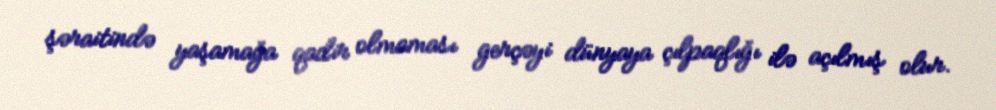
şəraitində yaşamağa qadir olmaması gerçəyi dünyaya çılpaqlığı ilə açılmış olur.